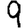
Digit: 9